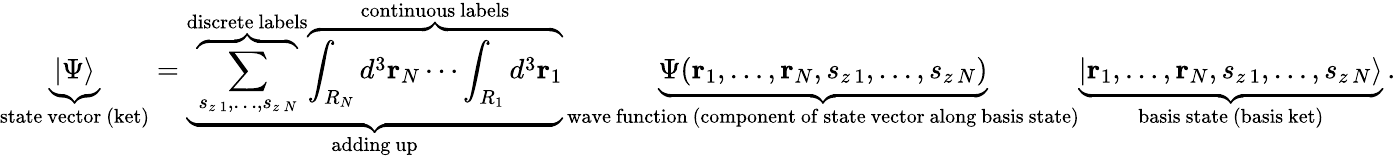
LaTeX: \underbrace{|\Psi\rangle}_{\mathrm{state~vector~(ket)}}=\underbrace{\overbrace{\sum_{s_{z\, 1},\ldots,s_{z\, N}}}^{\mathrm{discrete~labels}}\overbrace{\int_{R_{N}}d^{3}\mathbf{r}_{N}\cdots\int_{R_{1}}d^{3}\mathbf{r}_{1}}^{\mathrm{continuous~labels}}}_{\mathrm{adding~up}}\, \underbrace{{\Psi}(\mathbf{r}_{1},\ldots,\mathbf{r}_{N},s_{z\, 1},\ldots,s_{z\, N})}_{\mathrm{wave~function~(component~of~state~vector~along~basis~state)}}\underbrace{|\mathbf{r}_{1},\ldots,\mathbf{r}_{N},s_{z\, 1},\ldots,s_{z\, N}\rangle}_{\mathrm{basis~state~(basis~ket)}}\, .